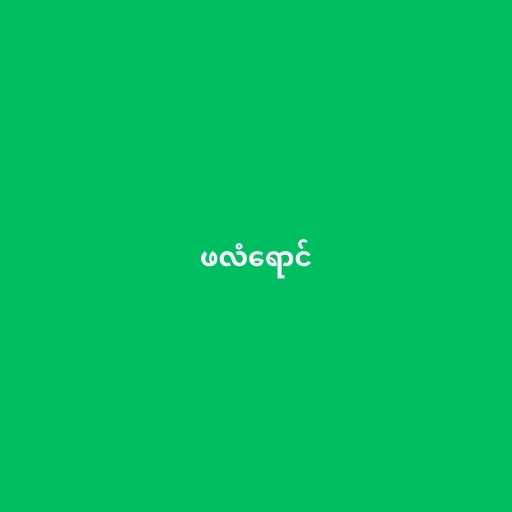
ဖလံရောင်